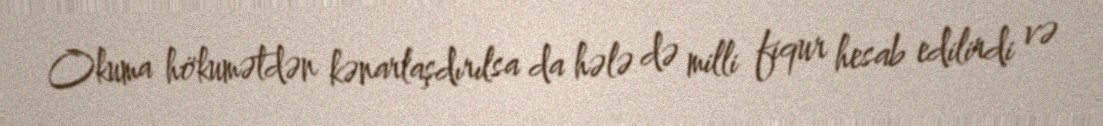
Okuma hökumətdən kənarlaşdırılsa da hələ də milli fiqur hesab edilirdi və